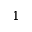
1